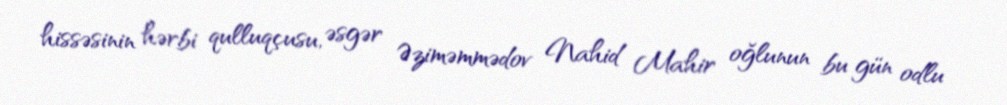
hissəsinin hərbi qulluqçusu, əsgər Əziməmmədov Nahid Mahir oğlunun bu gün odlu